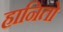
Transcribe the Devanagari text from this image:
हानितो